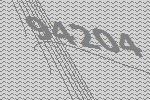
94204